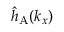
{ \hat { h } } _ { \mathrm { A } } ( { k _ { x } } )